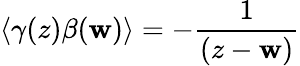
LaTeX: \left\langle\gamma(z)\beta(\mathbf{w})\right\rangle=-\frac{1}{{(z-\mathbf{w})}}